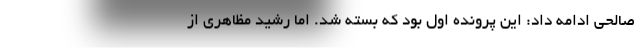
صالحی ادامه داد: این پرونده اول بود که بسته شد. اما رشید مظاهری از